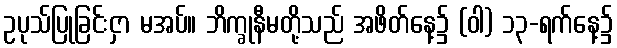
ဥပုသ်ပြုခြင်းငှာ မအပ်။ ဘိက္ခုနီမတို့သည် အဖိတ်နေ့၌ (ဝါ) ၁၃-ရက်နေ့၌